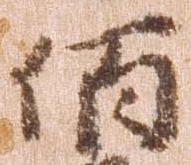
佰